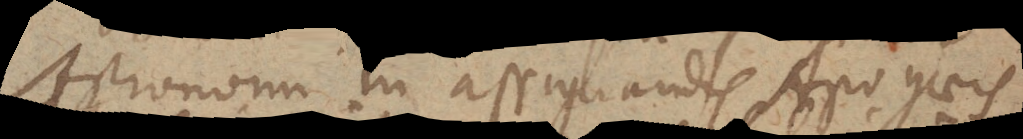
Astronomi in assignandis Apogaeis